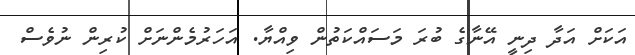
އަކަށް އަދާ ދިނީ އޭނާގެ ބުރަ މަސައްކަތުން ވިއްޔާ. އަހަރުމެންނަށް ކުރިން ނުވެސް